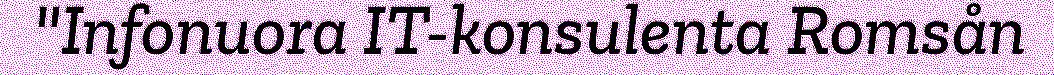
"Infonuora IT-konsulenta Romsån